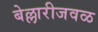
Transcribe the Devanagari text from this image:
बेल्लारीजवळ